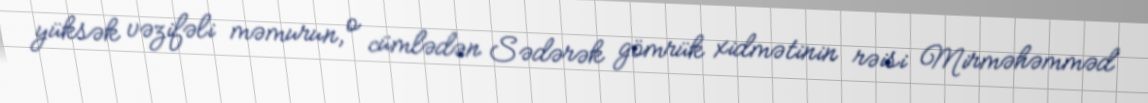
yüksək vəzifəli məmurun, o cümlədən Sədərək gömrük xidmətinin rəisi Mirməhəmməd